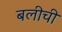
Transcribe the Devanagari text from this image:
बलीची